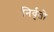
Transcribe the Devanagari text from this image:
निर्वृतो